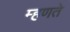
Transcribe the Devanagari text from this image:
म्‍हणते